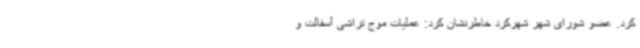
کرد. عضو شورای شهر شهرکرد خاطرنشان کرد: عملیات موج تراشی آسفالت و